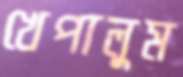
খেপালুম